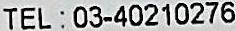
TEL: 03-40210276